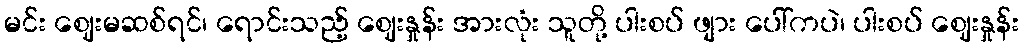
မင်း ဈေးမဆစ်ရင်၊ ရောင်းသည့် ဈေးနှုန်း အားလုံး သူတို့ ပါးစပ် ဖျား ပေါ်ကပဲ၊ ပါးစပ် ဈေးနှုန်း